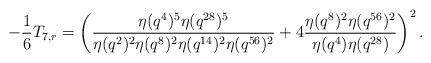
LaTeX: \begin{align*}-\frac{1}{6}T_{7,r}=\left(\frac{\eta(q^4)^5\eta(q^{28})^5}{\eta(q^2)^2\eta(q^8)^2\eta(q^{14})^2\eta(q^{56})^2}+4\frac{\eta(q^8)^2\eta(q^{56})^2}{\eta(q^4)\eta(q^{28})}\right)^2.\end{align*}